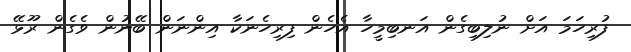
ފުރިހަމަ އަށް ނުލިބިގެން އަނބިމީހާ އެހެން ފިރިހެނަކާ އިންނަން ބޭނުން ވެގެން ރޫޅޭ